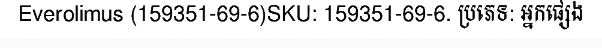
Everolimus (159351-69-6)SKU: 159351-69-6. ប្រភេទ: អ្នកផ្សេង